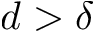
d > \delta